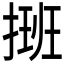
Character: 𢲔